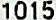
1015